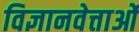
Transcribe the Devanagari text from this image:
विज्ञानवेत्ताओं